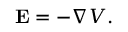
\mathbf { E } = - \nabla V .